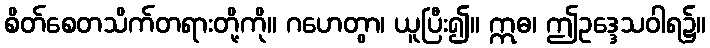
စိတ်စေတသိက်တရားတို့ကို။ ဂဟေတွာ၊ ယူပြီး၍။ ဣဓ၊ ဤဥဒ္ဒေသဝါရ၌။